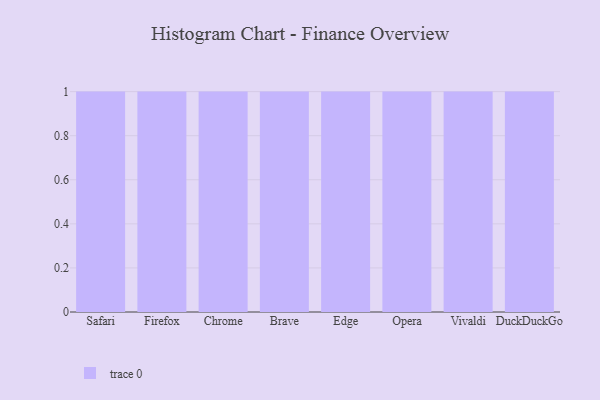
{"axis": {"x": "Browser", "y": "Headcount"}, "legend": [""], "data": [{"x": "Safari", "y": 58, "type": ""}, {"x": "Firefox", "y": 96, "type": ""}, {"x": "Chrome", "y": 74, "type": ""}, {"x": "Brave", "y": 37, "type": ""}, {"x": "Edge", "y": 40, "type": ""}, {"x": "Opera", "y": 12, "type": ""}, {"x": "Vivaldi", "y": 28, "type": ""}, {"x": "DuckDuckGo", "y": 77, "type": ""}]}